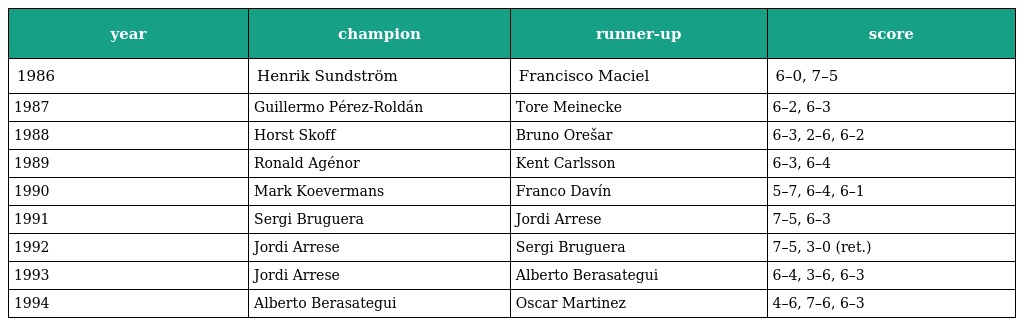
| year | champion | runner-up | score |
 | --- | --- | --- | --- |
 | 1986 | Henrik Sundström | Francisco Maciel | 6–0, 7–5 |
 | 1987 | Guillermo Pérez-Roldán | Tore Meinecke | 6–2, 6–3 |
 | 1988 | Horst Skoff | Bruno Orešar | 6–3, 2–6, 6–2 |
 | 1989 | Ronald Agénor | Kent Carlsson | 6–3, 6–4 |
 | 1990 | Mark Koevermans | Franco Davín | 5–7, 6–4, 6–1 |
 | 1991 | Sergi Bruguera | Jordi Arrese | 7–5, 6–3 |
 | 1992 | Jordi Arrese | Sergi Bruguera | 7–5, 3–0 (ret.) |
 | 1993 | Jordi Arrese | Alberto Berasategui | 6–4, 3–6, 6–3 |
 | 1994 | Alberto Berasategui | Oscar Martinez | 4–6, 7–6, 6–3 |